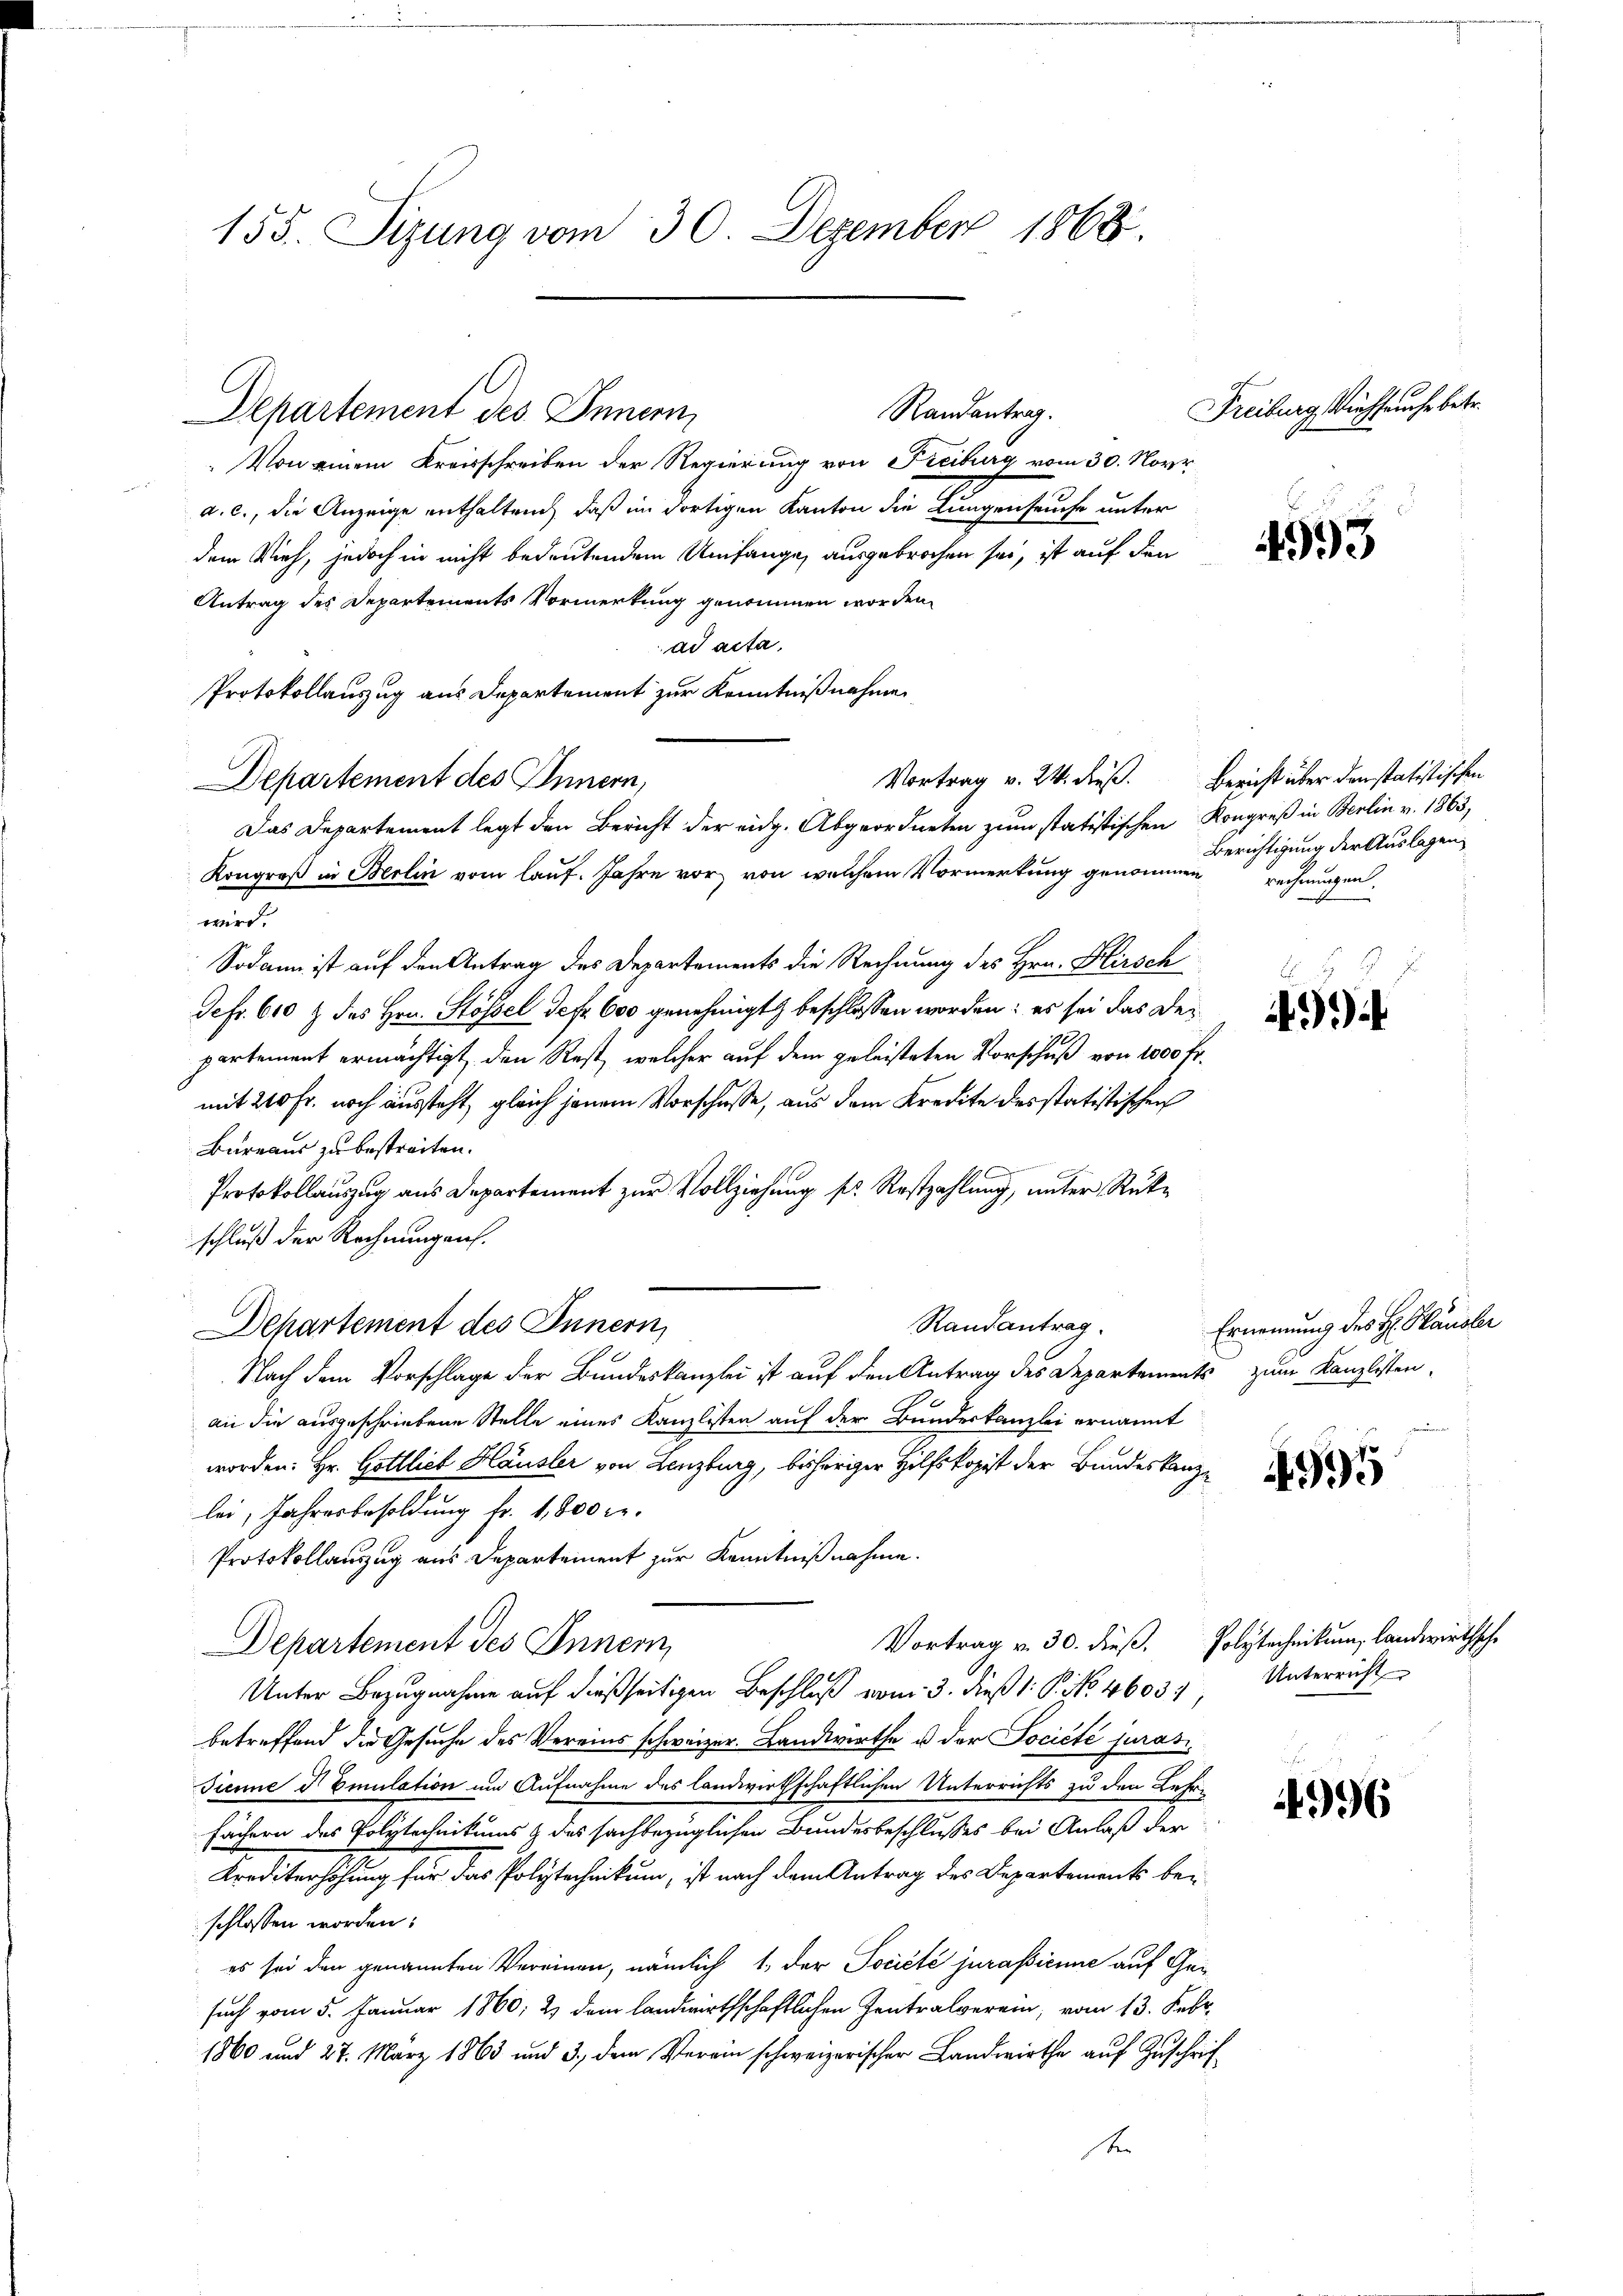
155. Sizung vom 30. Dezember 1868.

Departement des Innern
„Von einem Kreisschreiben der Regierung von Freiburg vom 30. Nove
a. c., die Anzeige enthalten, daß im dortigen Kanton die Lungenseuche unter
dem Vieh, jedoch in nicht bedeutendem Umfange ausgebrochen sei, ist auf den
Antrag des Departements Vormerkung genommen worden.
ad acta,
Protokollauszug aus Departement zur Kenntnißnahme
Departement des Innern,
Das Departement legt den Bericht der eidg. Abgeordneten zum statistischen Kongreß in Berlin v. 1863,
Kongroß in Berlin vom lauf. Jahre vor, von welchem Vormerkung genommen
wird.
Sodann ist auf den Antrag des Departements die Rechnung des Hrn. Hirsch
Sefr. 610 & des Hrn. Stössel defr. 600 genehmigt beschlossen worden: es sei das Departement ermächtigt, den Rest, welcher auf dem geleisteten Vorschuß von 1000 Fr.
mit 210 Fr. noch aussteht, gleich jenem Vorschüsse, aus dem Kredite des statistischen
Bareaus zu bestreiten.
ueinan
Protokollauszug aus Departement zur Vollziehung sr. Restzahlung, unter Rükschluß der Rechnungen.
Randantrag.
Departement des Innern,
Nach dem Vorschlage der Bundeskanzlei ist auf den Antrag des Departements zum Kanzlisten,
an die ausgeschriebene Stelle eines Kanzlisten auf der Bundeskanzlei ernannt
worden: Hr. Gottlieb Häusler von Lenzburg, bisheriger Hilfskopist der Bundeskanzlei, Jahresbesoldung fr. 1,800 r.
Protokollauszug aus Departement zur Kenntnißnahme.
Vortrag v. 30. dieß. Polytechnikum, landwirthsche
Departement des Innern,
Unter Bezugnahme auf dießseitigen Beschluß vom 3. dieß 1: P. No. 4603. Unterricht
betreffend die Gesuche des Vereins schweizer. Landwirthe u der Société juras
Tienne d Emulation um Aufnahme des landwirthschaftlichen Unterrichts zu den Lehr-
Fächern des Polytechnikums & des sachbezüglichen Bundesbeschlusses bei Anlaß der
Trediterschung für das Polytechnikum, ist nach dem Antrag des Departements bei
schlossen worden.
es sei den genannten Vereinen, nämlich 1., der Société jurasienne auf Gesuch vom 5. Januar 1860; 2) dem landwirthschaftlichen Zentralverein, vom 13. Febr.
1860 und 27. März 1863 und 3., dem Verein schweizerischer Landwirthe auf Zuschrifsten

Randantrag.

Vortrag v. 24. dieß. Bericht über den statistischen

Freiburg siehseuche betr.

Berichtigung der Auslagen
rechnungen.
f

Ernennung des H. Häusler

3

4995

996